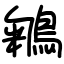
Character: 鵴